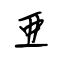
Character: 亞